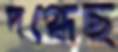
দগ্ধেছ